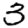
Digit: 3